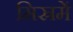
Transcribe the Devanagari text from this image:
मिस्रमें